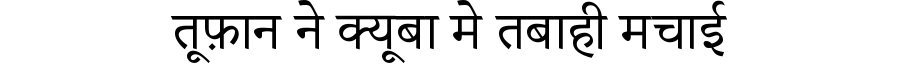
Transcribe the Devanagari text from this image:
तूफ़ान ने क्यूबा मे तबाही मचाई